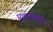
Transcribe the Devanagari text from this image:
प्रवणनता